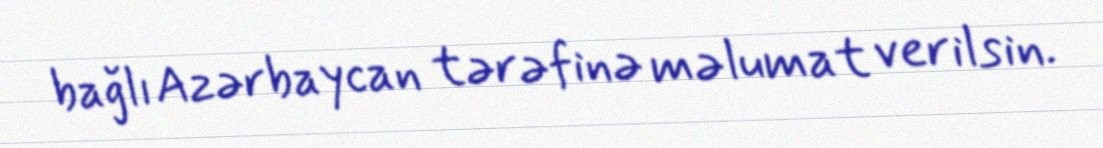
bağlı Azərbaycan tərəfinə məlumat verilsin.